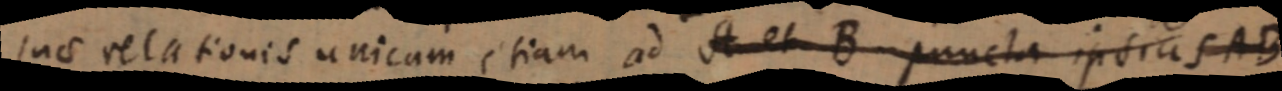
suae relationis unicam etiam ad A et B puncta ipsius AB